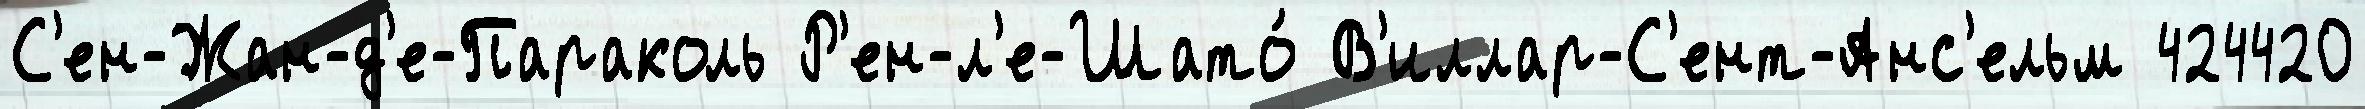
С'ен-Жан-д'е-Параколь Р'ен-л'е-Шато́ В'иллар-С'ент-Анс'ельм 424420